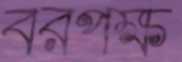
বরপক্ষ